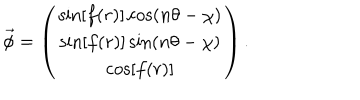
LaTeX: \vec { \phi } = \left( \begin{matrix} { { \sin [ f ( r ) ] \cos ( n \theta - \chi ) } } \\ { { \sin [ f ( r ) ] \sin ( n \theta - \chi ) } } \\ { { \cos [ f ( r ) ] } } \\ \end{matrix} \right) .